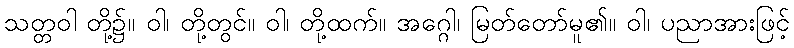
သတ္တဝါ တို့၌။ ဝါ၊ တို့တွင်။ ဝါ၊ တို့ထက်။ အဂ္ဂေါ၊ မြတ်တော်မူ၏။ ဝါ၊ ပညာအားဖြင့်